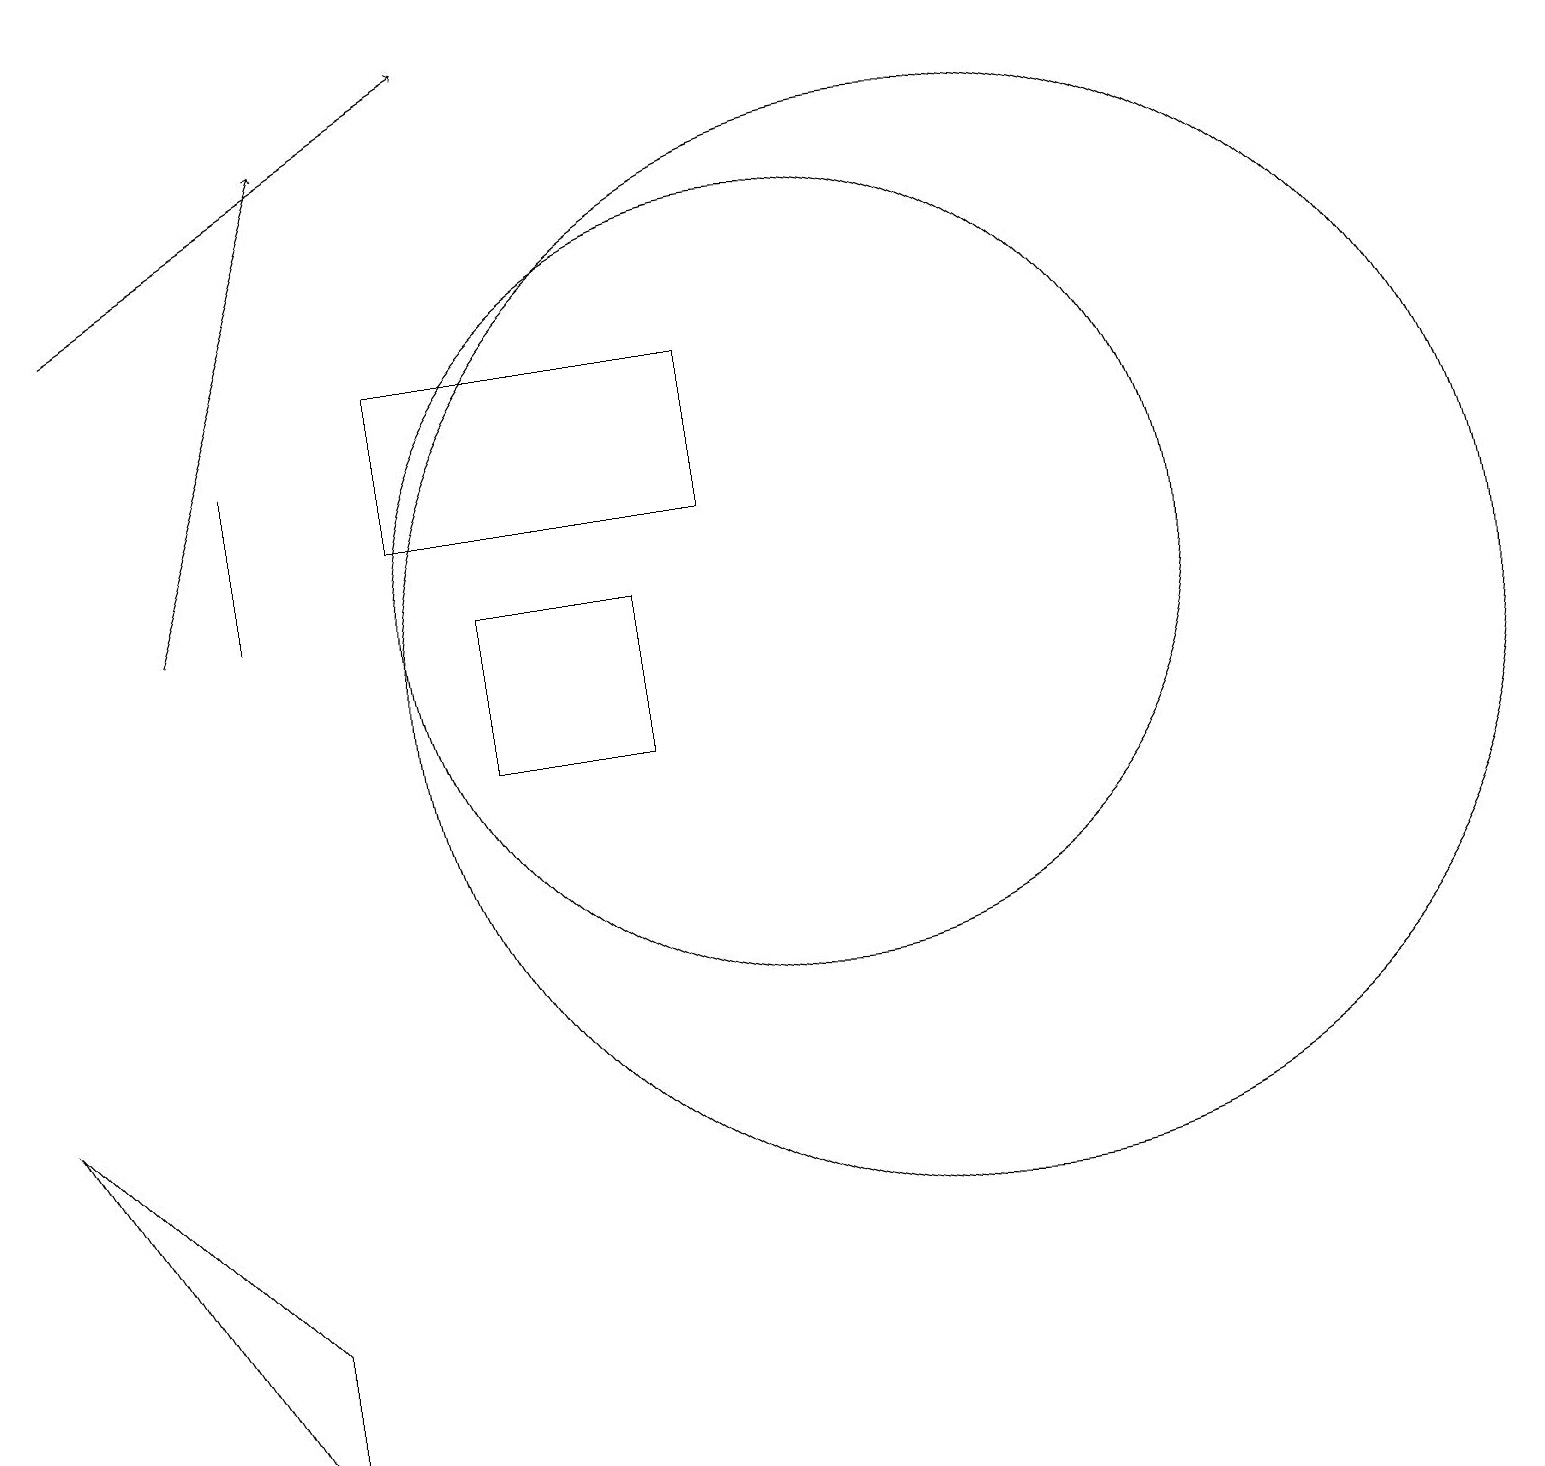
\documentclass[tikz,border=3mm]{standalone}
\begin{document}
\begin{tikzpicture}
\draw (10,12) circle (5);
\draw (3,1) -- (3,3) -- (0,6) -- cycle;
\draw (3,12) rectangle (3,14);
\draw (6,10) rectangle (8,12);
\draw[->] (2,12) -- (4,18);
\draw[->] (1,16) -- (6,19);
\draw (12,11) circle (7);
\draw (5,15) rectangle (9,13);
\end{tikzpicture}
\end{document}